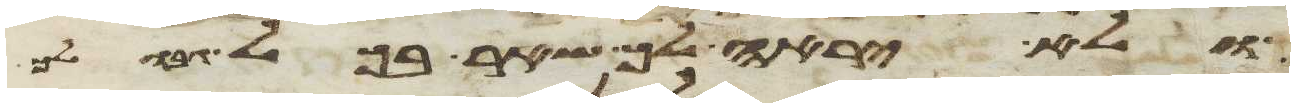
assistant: ולא יראה לך שאר בכל